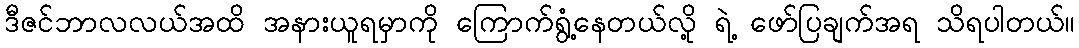
ဒီဇင်ဘာလလယ်အထိ အနားယူရမှာကို ကြောက်ရွံ့နေတယ်လို့ ရဲ့ ဖော်ပြချက်အရ သိရပါတယ်။